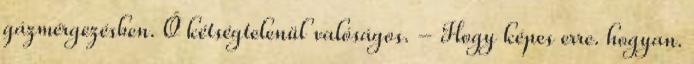
gázmérgezésben. Ő kétségtelenül valóságos. - Hogy képes erre. hogyan.